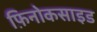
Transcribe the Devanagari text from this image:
फ़िनोकसाइड